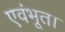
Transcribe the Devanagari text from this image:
एवंभूत।